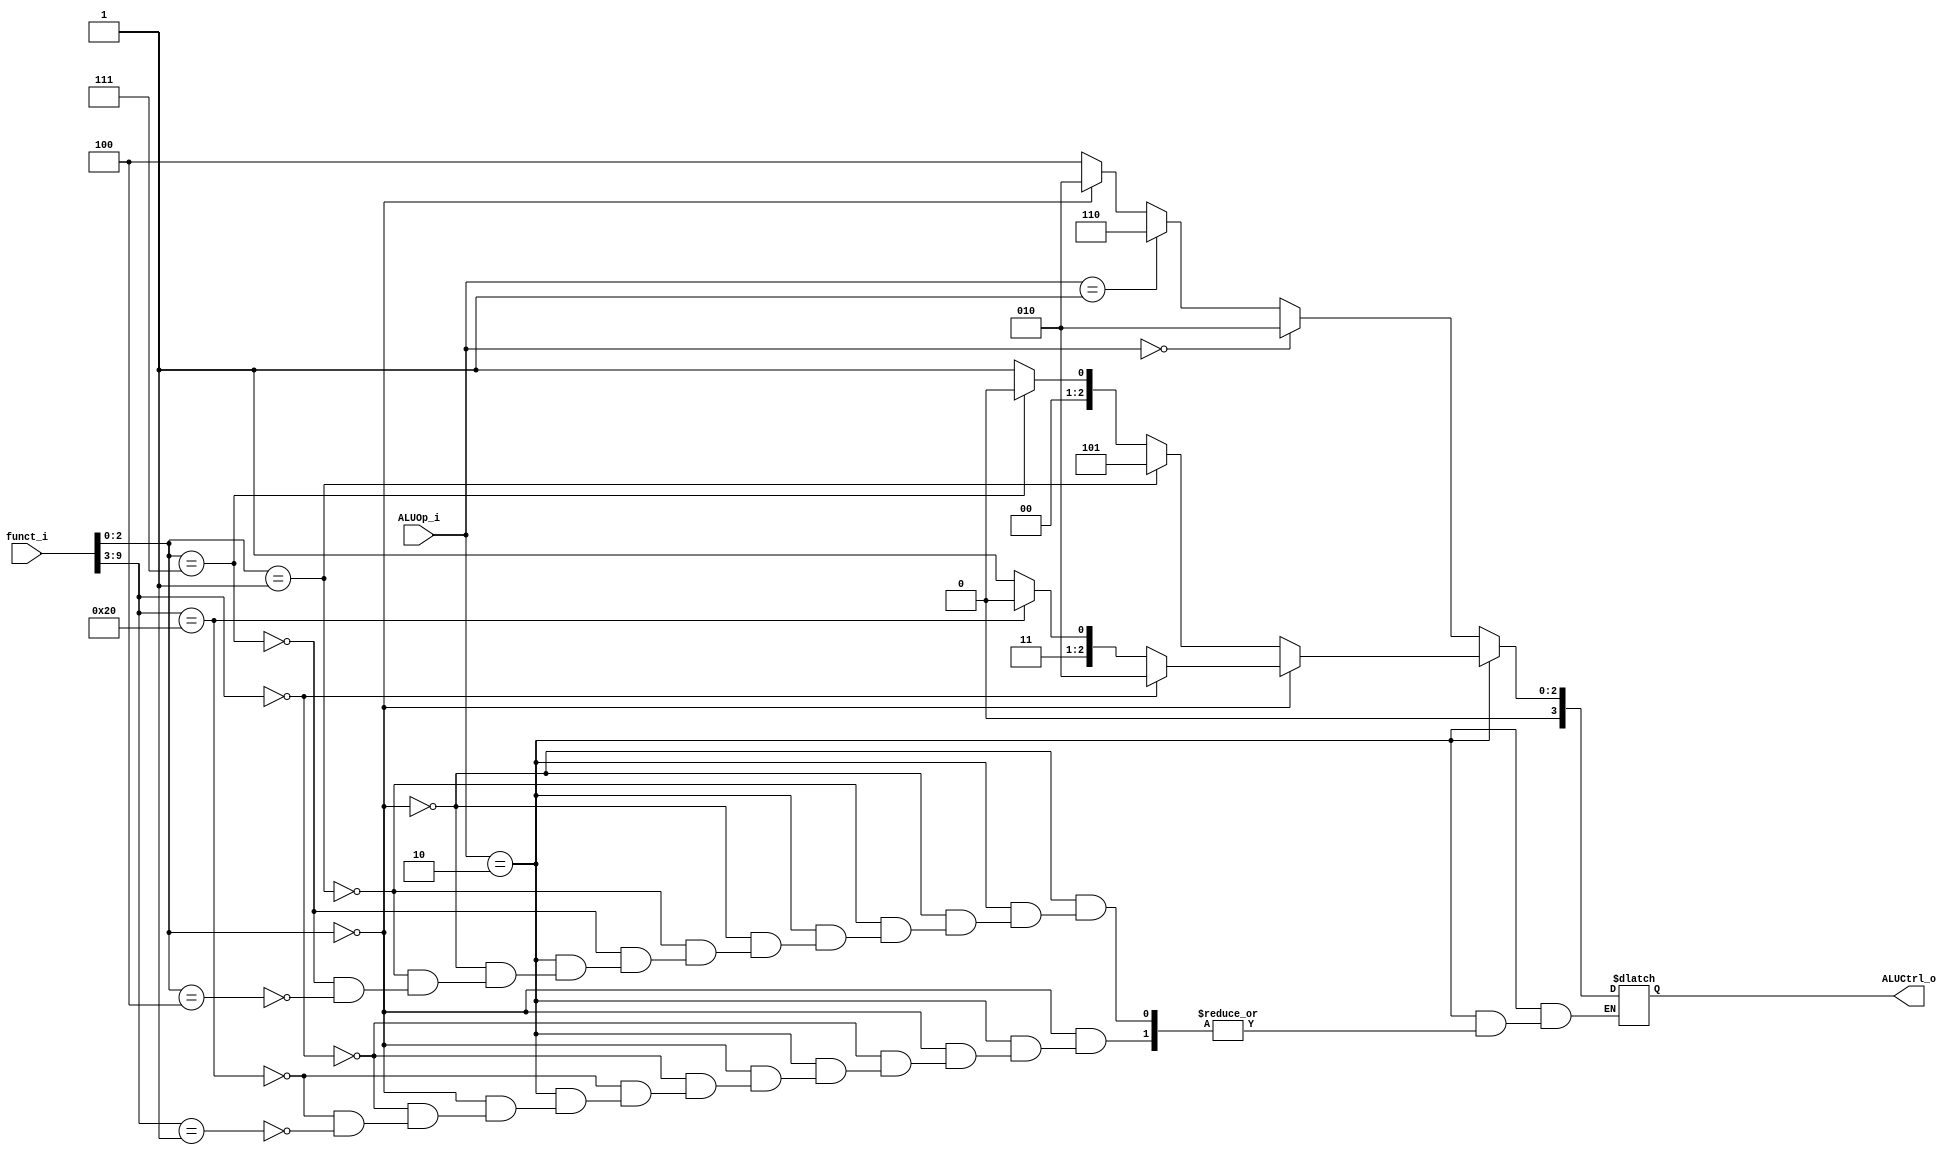
module ALU_Control(
	funct_i,
	ALUOp_i,
	ALUCtrl_o
);
input  [9:0]   funct_i;
input  [1:0]   ALUOp_i;
output [3:0]   ALUCtrl_o;
reg    [3:0]   ALUCtrl_reg;

assign ALUCtrl_o = ALUCtrl_reg;

always @(*)
begin
	if (ALUOp_i == 2'b10)    //R-type
	begin
		if (funct_i[2:0] == 3'b000)
		begin
			if (funct_i[9 : 3] == 7'b0000000) //add
			begin
				ALUCtrl_reg = 4'b0010;
			end
			else if (funct_i[9 : 3] == 7'b0100000) //sub
			begin
				ALUCtrl_reg = 4'b0110;
			end
			else if (funct_i[9 : 3] == 7'b0000001) //mul
			begin
				ALUCtrl_reg = 4'b0111;
			end
		end
		else if (funct_i[2:0] == 3'b001)  //sll
		begin
			ALUCtrl_reg = 4'b0101;
		end
		else if (funct_i[2:0] == 3'b111)   //and
		begin
			ALUCtrl_reg = 4'b0000;
		end
		else if (funct_i[2:0] == 3'b100)   // xor
		begin
			ALUCtrl_reg = 4'b0001;
		end
	end
	else if (ALUOp_i == 2'b00) // lw sw
	begin
        ALUCtrl_reg = 4'b0010;
	end
	else if (ALUOp_i == 2'b01) //branch
	begin
		ALUCtrl_reg = 4'b0110;
	end
	else
	begin
		if(funct_i[2:0] == 3'b000) //addi
		begin
			ALUCtrl_reg = 4'b0010;
		end
		else 
		begin
			ALUCtrl_reg = 4'b0100; //srai
		end
	end
end

endmodule